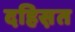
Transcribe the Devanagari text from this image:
दहिस़त